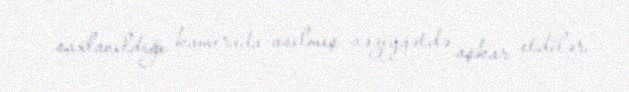
saxlanıldığı kamerada asılmış vəziyyətdə aşkar etdilər.